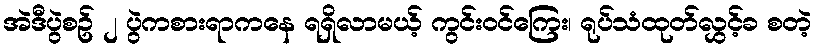
အဲဒီပွဲစဥ် ၂ ပွဲကစားရာကနေ ရရှိလာမယ့် ကွင်းဝင်ကြေး၊ ရုပ်သံထုတ်လွှင့်ခ စတဲ့